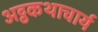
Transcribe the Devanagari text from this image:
अट्ठकथाचार्य